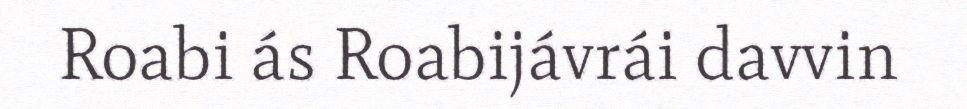
Roabi ás Roabijávrái davvin